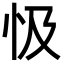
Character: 忣